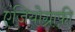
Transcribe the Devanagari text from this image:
एंजियोग्राफ़ी